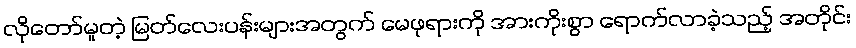
လိုတော်မူတဲ့ မြတ်လေးပန်းများအတွက် မေဖုရားကို အားကိုးစွာ ရောက်လာခဲ့သည့် အတိုင်း